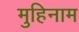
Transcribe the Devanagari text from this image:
मुहिनाम